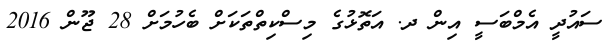
ސައުދީ އެމްބަސީ އިން ދ. އަތޮޅުގެ މިސްކިތްތަކަށް ބެހުމަށް 28 ޖޫން 2016